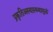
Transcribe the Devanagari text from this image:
प्रकृतिअस्वास्थ्यामुळं